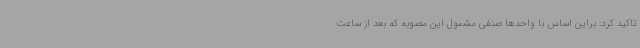
تاکید کرد: براین اساس با واحدها صنفی مشمول این مصوبه که بعد از ساعت